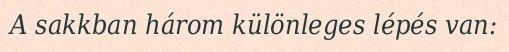
A sakkban három különleges lépés van: